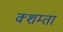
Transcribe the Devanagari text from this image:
क्शम्ता